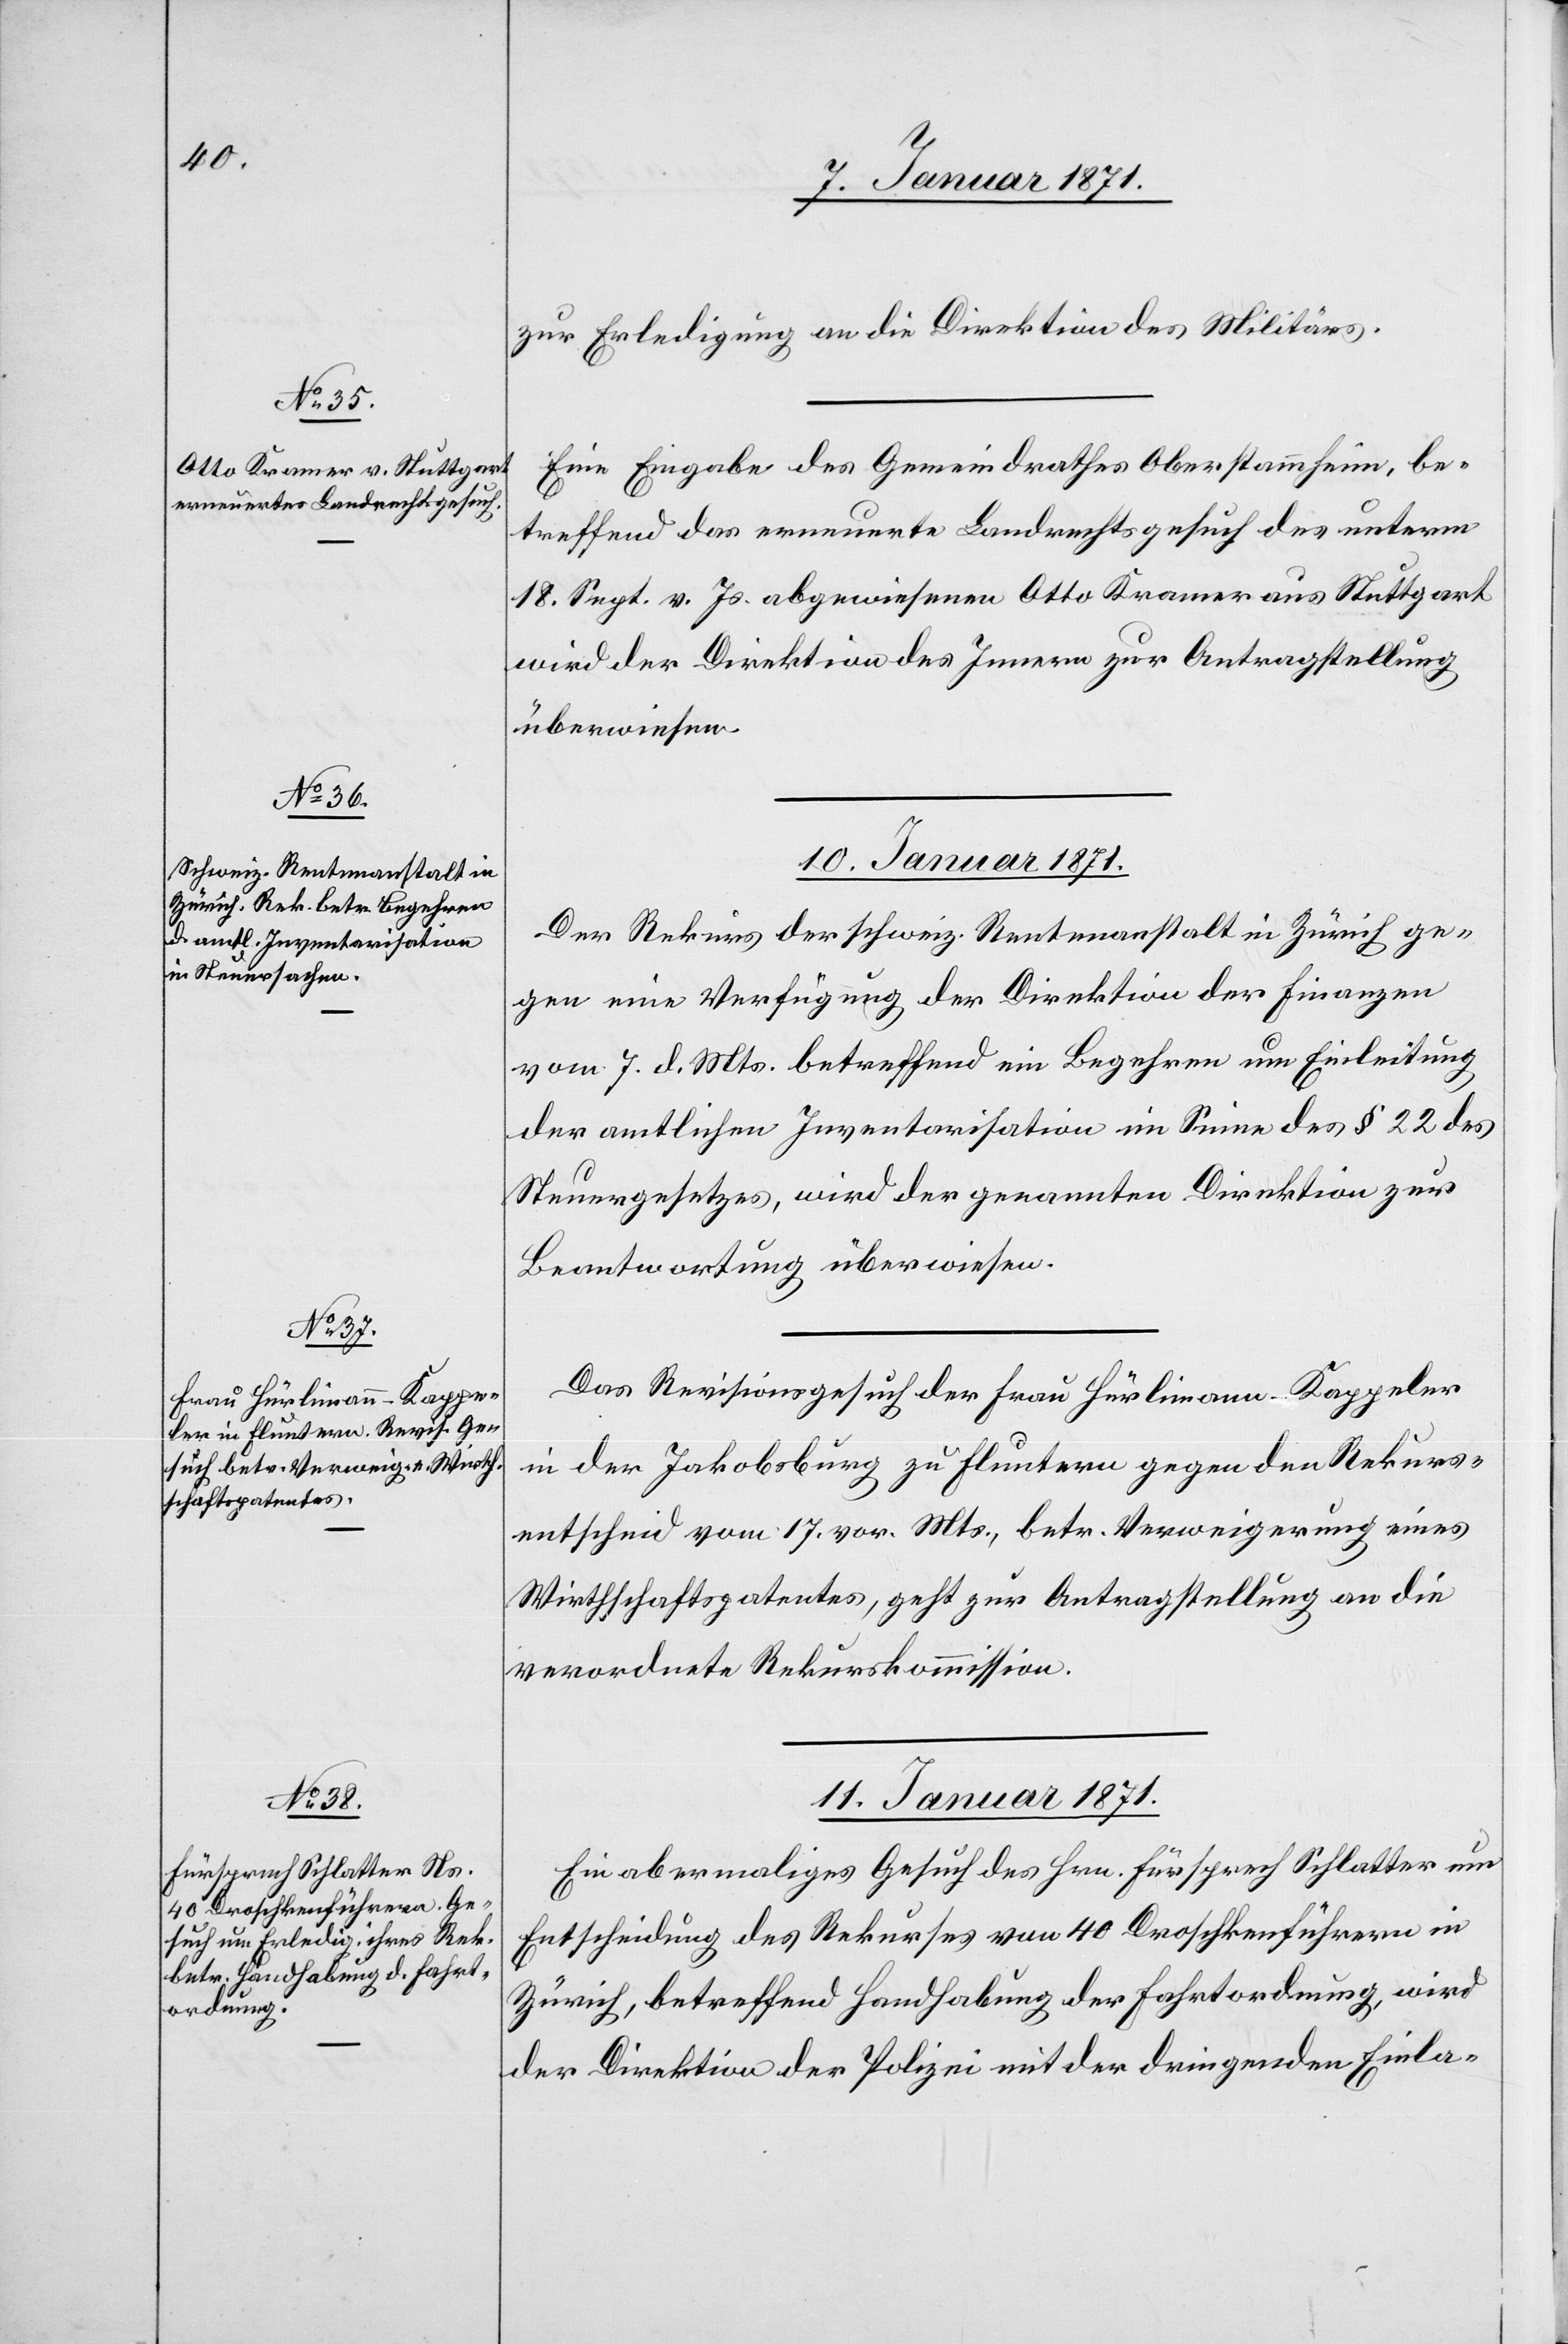
9. Januar 1871.]
zur Erledigung an die Direktion des Militärs.
Eine Eingabe des Gemeindrathes Oberstammheim, be¬
treffend das erneuerte Landrechtsgesuch des unterm
18. Sept. v. Js. abgewiesenen Otto Kramer aus Stuttgart
wird der Direktion des Innern zur Antragstellung
überwiesen.
10. Januar 1871.]
Der Rekurs der schweiz. Rentenanstalt in Zürich ge¬
gen eine Verfügung der Direktion der Finanzen
vom 7. d. Mts. betreffend ein Begehren um Einleitung
der amtlichen Inventarisation im Sinne des § 22 des
Steuergesetzes, wird der genannten Direktion zur
Beantwortung überwiesen.
Das Revisionsgesuch der Frau Hürlimann Kappeler
in der Jakobsburg zu Fluntern gegen den Rekurs¬
entscheid vom 17. vor. Mts., betr. Verweigerung eines
Winthschaftspatentes, geht zur Antragstellung an die
verordnete Rekurskommission.
11. Januar 1871.
Ein abermaliges Gesuch des Hrn. Fürsprech Schlatter um
Entscheidung des Rekurses von 40 Droschkenführern in
Zürich, betreffend Handhabung der Fahrtordnung, wird
der Direktion der Polizei mit der dringenden Einla-